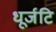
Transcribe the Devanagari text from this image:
धूर्जटि